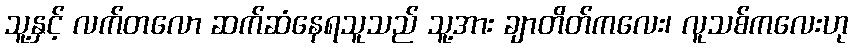
သူ့နှင့် လက်တလော ဆက်ဆံနေရသူသည် သူ့အား ချာတိတ်ကလေး၊ လူသစ်ကလေးဟု